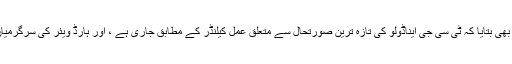
ڈیمر نے یہ بھی بتایا کہ ٹی سی جی ایناڈولو کی تازہ ترین صورتحال سے متعلق عمل کیلنڈر کے مطابق جاری ہے ، اور ہارڈ ویئر کی سرگرمیاں جاری ہیں۔